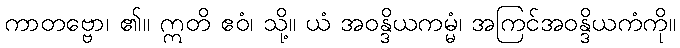
ကာတဗ္ဗော၊ ၏။ ဣတိ ဧဝံ၊ သို့။ ယံ အဝန္ဒိယကမ္မံ၊ အကြင်အဝန္ဒိယကံကို။